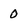
Character: 0